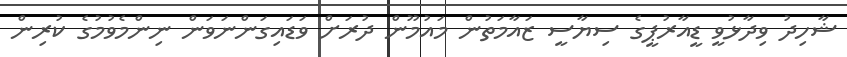
ޝާހިދު ވިދާޅުވީ ޑީއާރުޕީގެ ސިޔާސީ ޒައާމަތުން މައުމޫން ދުރަށް ވަޑައިގަންނަވަން ނިންމެވުމުގެ ކުރިން